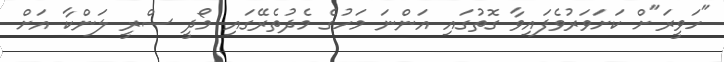
"ހަވީރަ"ށް ކަށަވަރުވެފައިވާ ގޮތުގައި އަންނަ މަހުގެ މެދުތެރޭގައި މޯދީ ސްރީ ލަންކާ އަށް